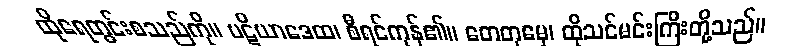
ထိုရေတွင်းစသည်ကို။ ပဋိယာဒေထ၊ စီရင်ကုန်၏။ တေတုမှေ၊ ထိုသင်မင်းကြီးတို့သည်။